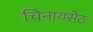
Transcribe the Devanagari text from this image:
चिनायसेठ